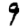
Digit: 9